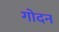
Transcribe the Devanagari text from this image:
गोदन